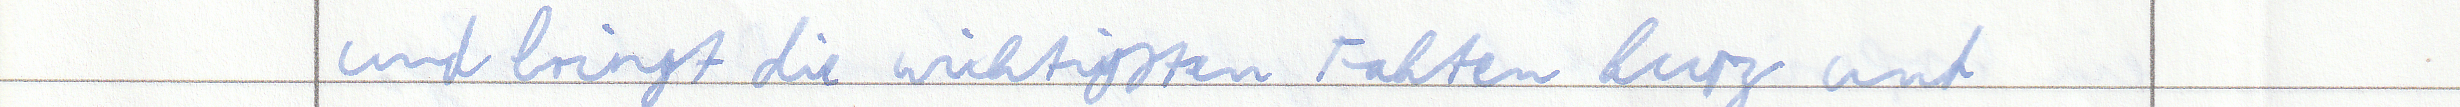
und bringt die wichtigsten Fakten kurz und